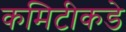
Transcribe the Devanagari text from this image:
कमिटीकडे